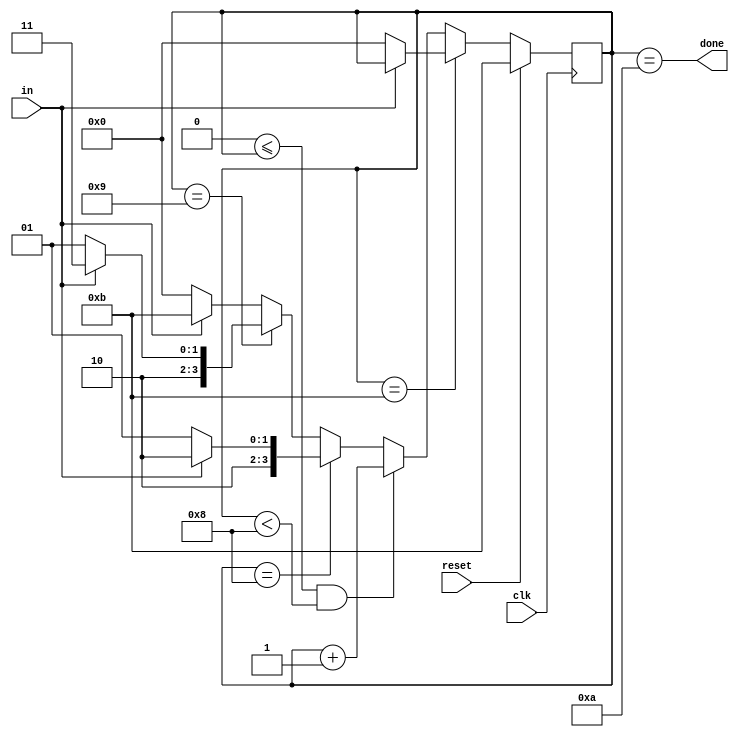
module top_module(
    input clk,
    input in,
    input reset,    // Synchronous reset
    output done
); 

  parameter IDLE=11, START=0, STOP=10, WAIT=9;
  reg [3:0] cs, ns;

  always @(*) begin
    if (cs == IDLE)
      ns = in ? cs : START;
    else if (0 <= cs && cs < 8)
      ns = cs + 1;
    else if (cs == 8)
      ns = in ? STOP : WAIT;
    else if (cs == WAIT)
      ns = in ? IDLE : WAIT;
    else
      ns = in ? IDLE : START;
  end

  always @(posedge clk) begin
    if (reset)
      cs <= IDLE;
    else
      cs <= ns;
  end

  assign done = cs == STOP;
endmodule